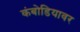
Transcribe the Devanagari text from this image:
कंबोडियावर